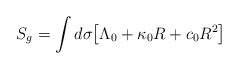
LaTeX: \begin{align*}S_g = \int d\sigma \big{[}\Lambda_0 + \kappa_0 R + c_0 R^2 \big{]}\end{align*}